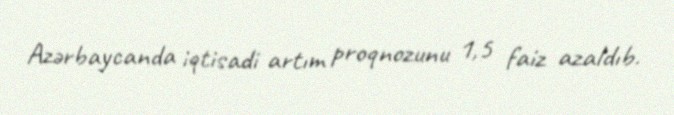
Azərbaycanda iqtisadi artım proqnozunu 1,5 faiz azaldıb.